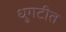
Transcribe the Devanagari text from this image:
धुगटीत